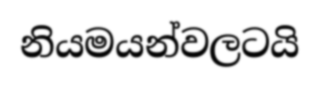
නියමයන්වලටයි